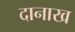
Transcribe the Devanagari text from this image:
दानाख